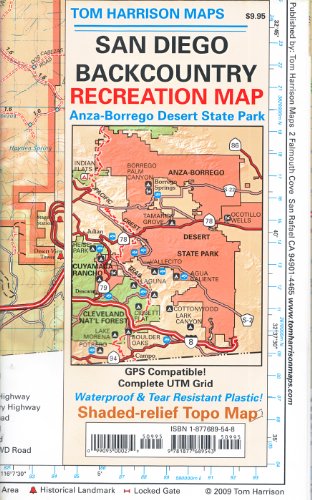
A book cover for Recreation Map of the San Diego Backcountry: Waterproof, synthetic paper (Tom Harrison Maps); Tom Harrison; Travel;